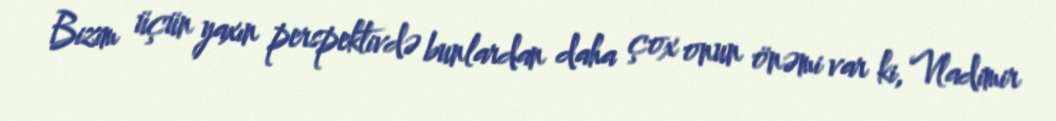
Bizim üçün yaxın perspektivdə bunlardan daha çox onun önəmi var ki, Vladimir